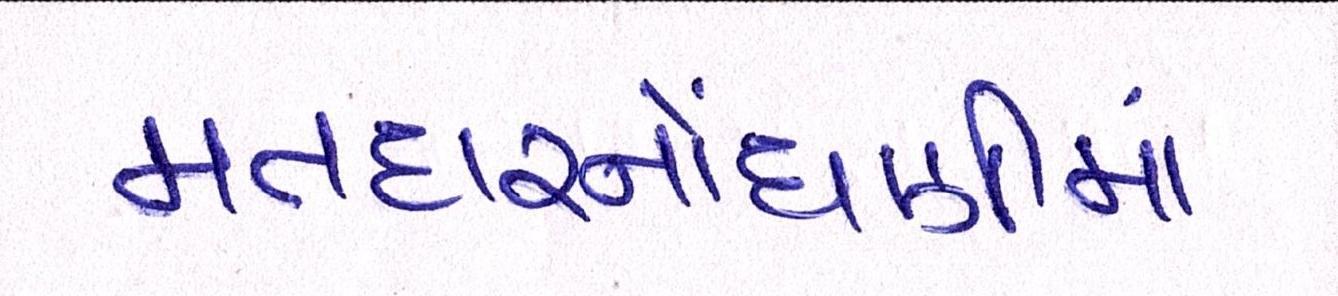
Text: મતદારનોંધણીમાં